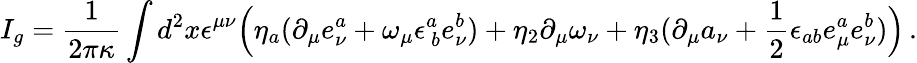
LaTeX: I_{g}=\frac{1}{2\pi\kappa}\int d^{2}x\epsilon^{\mu\nu}\Bigl(\eta_{a}(\partial_{\mu}e_{\nu}^{a}+\omega_{\mu}\epsilon_{~b}^{a}e_{\nu}^{b})+\eta_{2}\partial_{\mu}\omega_{\nu}+\eta_{3}(\partial_{\mu}a_{\nu}+\frac{1}{2}\epsilon_{ab}e_{\mu}^{a}e_{\nu}^{b})\Bigr)\, .